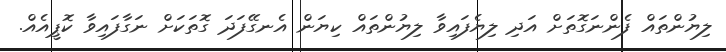
ލިޔުންތައް ފެންނަގޮތަށް އަދި ލިޔެފައިވާ ލިޔުންތައް ކިޔަން އެނގޭފަދަ ގޮތަކަށް ނަގާފައިވާ ކޮޕީއެއް.